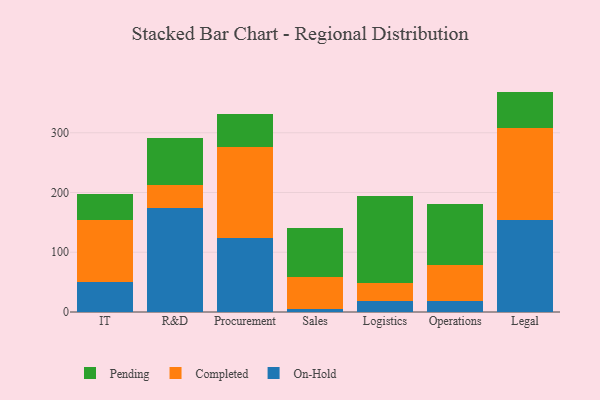
{"axis": {"x": "Department", "y": "Conversion Rate (%)"}, "legend": ["Completed", "On-Hold", "Pending"], "data": [{"x": "IT", "y": 49.9, "type": "On-Hold"}, {"x": "IT", "y": 104.5, "type": "Completed"}, {"x": "IT", "y": 43.3, "type": "Pending"}, {"x": "R&D", "y": 173.7, "type": "On-Hold"}, {"x": "R&D", "y": 39.4, "type": "Completed"}, {"x": "R&D", "y": 78.5, "type": "Pending"}, {"x": "Procurement", "y": 124.6, "type": "On-Hold"}, {"x": "Procurement", "y": 151.3, "type": "Completed"}, {"x": "Procurement", "y": 55.9, "type": "Pending"}, {"x": "Sales", "y": 5.2, "type": "On-Hold"}, {"x": "Sales", "y": 52.8, "type": "Completed"}, {"x": "Sales", "y": 83.3, "type": "Pending"}, {"x": "Logistics", "y": 19.1, "type": "On-Hold"}, {"x": "Logistics", "y": 28.8, "type": "Completed"}, {"x": "Logistics", "y": 146.0, "type": "Pending"}, {"x": "Operations", "y": 18.3, "type": "On-Hold"}, {"x": "Operations", "y": 60.6, "type": "Completed"}, {"x": "Operations", "y": 102.3, "type": "Pending"}, {"x": "Legal", "y": 153.7, "type": "On-Hold"}, {"x": "Legal", "y": 155.0, "type": "Completed"}, {"x": "Legal", "y": 60.2, "type": "Pending"}]}